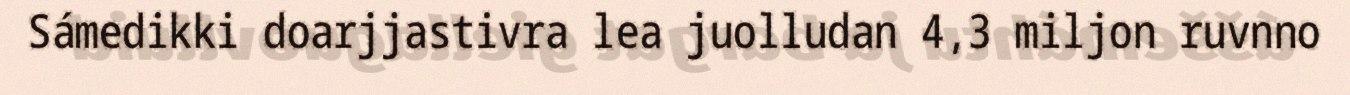
Sámedikki doarjjastivra lea juolludan 4,3 miljon ruvnno